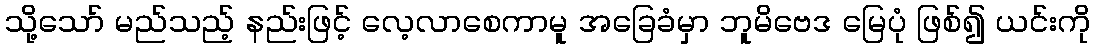
သို့သော် မည်သည့် နည်းဖြင့် လေ့လာစေကာမူ အခြေခံမှာ ဘူမိဗေဒ မြေပုံ ဖြစ်၍ ယင်းကို